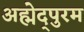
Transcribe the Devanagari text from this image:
अह्मेद्पुरम